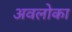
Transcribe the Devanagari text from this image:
अवलोका